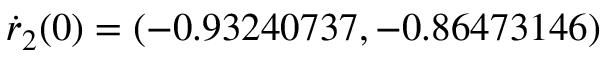
\dot { r } _ { 2 } ( 0 ) = ( - 0 . 9 3 2 4 0 7 3 7 , - 0 . 8 6 4 7 3 1 4 6 )